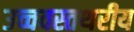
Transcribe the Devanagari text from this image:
उच्चवस्तथरीय